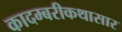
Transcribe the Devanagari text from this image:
कादम्बरीकथासार